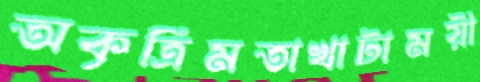
অকৃত্রিমতাখাটাময়ী